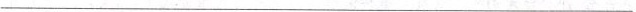
___